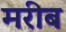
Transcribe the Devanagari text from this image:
मरीब